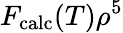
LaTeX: F_{\mathrm{calc}}(T)\rho^{5}